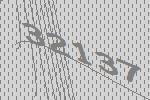
32137